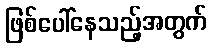
ဖြစ်ပေါ်နေသည့်အတွက်